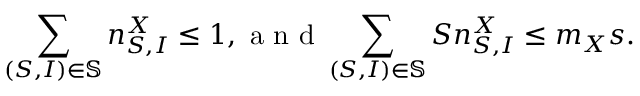
\sum _ { ( S , I ) \in \mathbb { S } } n _ { S , I } ^ { X } \leq 1 , \mathrm { ~ a ~ n ~ d ~ } \sum _ { ( S , I ) \in \mathbb { S } } S n _ { S , I } ^ { X } \leq m _ { X } s .